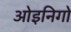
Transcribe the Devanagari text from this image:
ओइनिगो